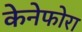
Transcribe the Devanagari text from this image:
केनेफोरा